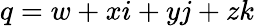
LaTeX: q=w+xi+yj+zk